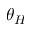
\theta _ { H }